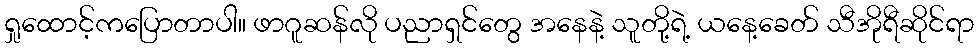
ရှုထောင့်ကပြောတာပါ။ ဖာဂူဆန်လို ပညာရှင်တွေ အနေနဲ့ သူတို့ရဲ့ ယနေ့ခေတ် သီအိုရီဆိုင်ရာ